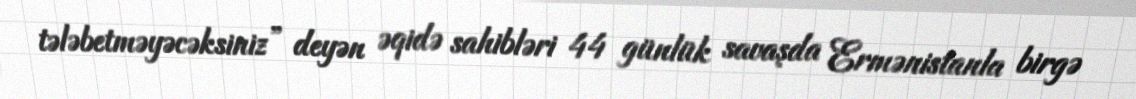
tələbetməyəcəksiniz” deyən əqidə sahibləri 44 günlük savaşda Ermənistanla birgə